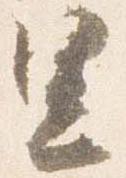
里